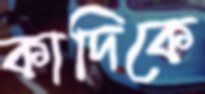
কাদিকে